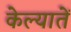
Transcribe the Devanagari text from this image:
केल्यातें